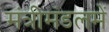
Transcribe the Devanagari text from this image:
मंत्रीमंडलमें